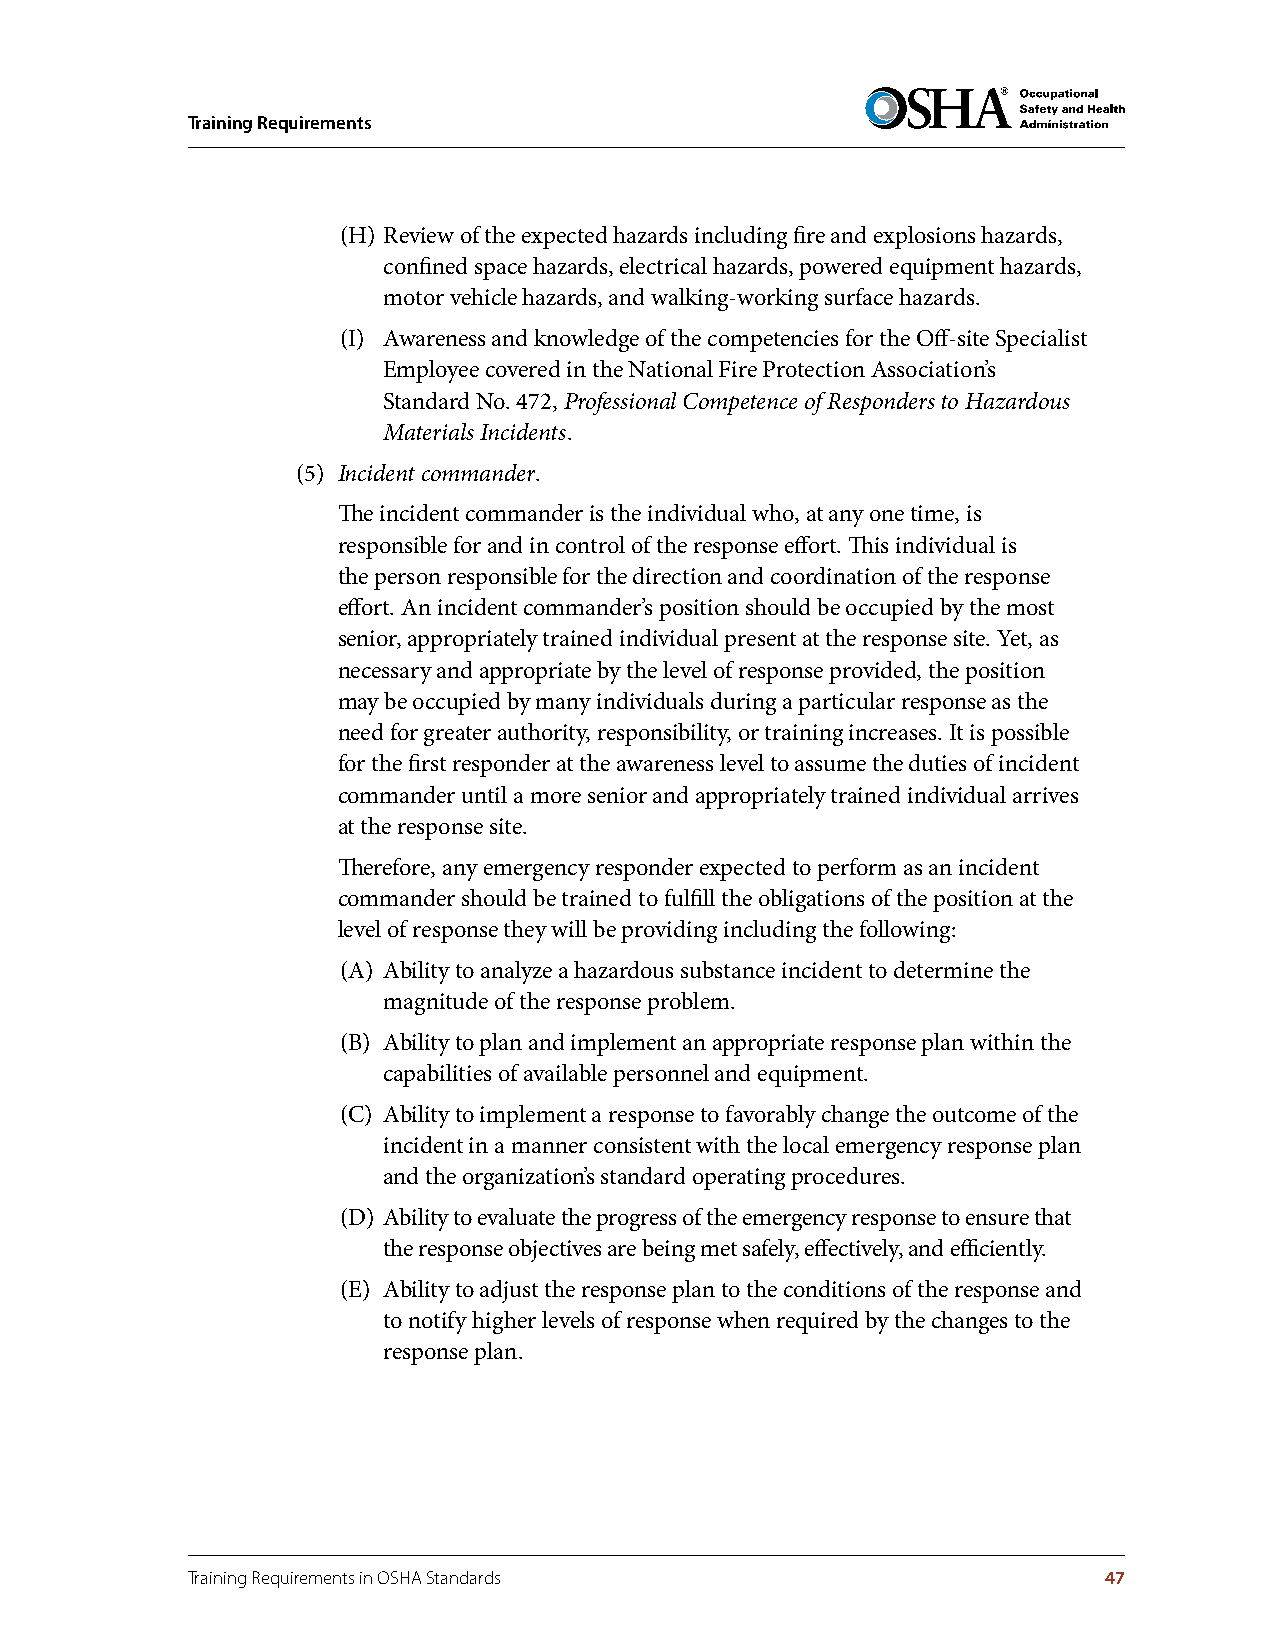
Training Requirements
 (H) Review of the expected hazards including fire and explosions hazards,
 confined space hazards, electrical hazards, powered equipment hazards,
 motor vehicle hazards, and walking-working surface hazards.
 (I) Awareness and knowledge of the competencies for the Off-site Specialist
 Employee covered in the National Fire Protection Association’s
 Standard No. 472, Professional Competence of Responders to Hazardous
 Materials Incidents.
 (5) Incident commander.
 The incident commander is the individual who, at any one time, is
 responsible for and in control of the response effort. This individual is
 the person responsible for the direction and coordination of the response
 effort. An incident commander’s position should be occupied by the most
 senior, appropriately trained individual present at the response site. Yet, as
 necessary and appropriate by the level of response provided, the position
 may be occupied by many individuals during a particular response as the
 need for greater authority, responsibility, or training increases. It is possible
 for the first responder at the awareness level to assume the duties of incident
 commander until a more senior and appropriately trained individual arrives
 at the response site.
 Therefore, any emergency responder expected to perform as an incident
 commander should be trained to fulfill the obligations of the position at the
 level of response they will be providing including the following:
 (A) Ability to analyze a hazardous substance incident to determine the
 magnitude of the response problem.
 (B) Ability to plan and implement an appropriate response plan within the
 capabilities of available personnel and equipment.
 (C) Ability to implement a response to favorably change the outcome of the
 incident in a manner consistent with the local emergency response plan
 and the organization’s standard operating procedures.
 (D) Ability to evaluate the progress of the emergency response to ensure that
 the response objectives are being met safely, effectively, and efficiently.
 (E) Ability to adjust the response plan to the conditions of the response and
 to notify higher levels of response when required by the changes to the
 response plan.
 Training Requirements in OSHA Standards                      47